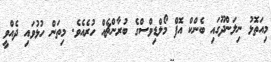
މިއަތޮޅު ނިލަންދޫގައި ބެންކް އޮފް މޯލްޑިވްސްގެ ބުރާންޗެއް ހުރެއެވެ. މިތަން ހުޅުވައި ދެއްވީ